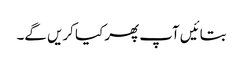
بتائیں آپ پھر کیا کریں گے۔